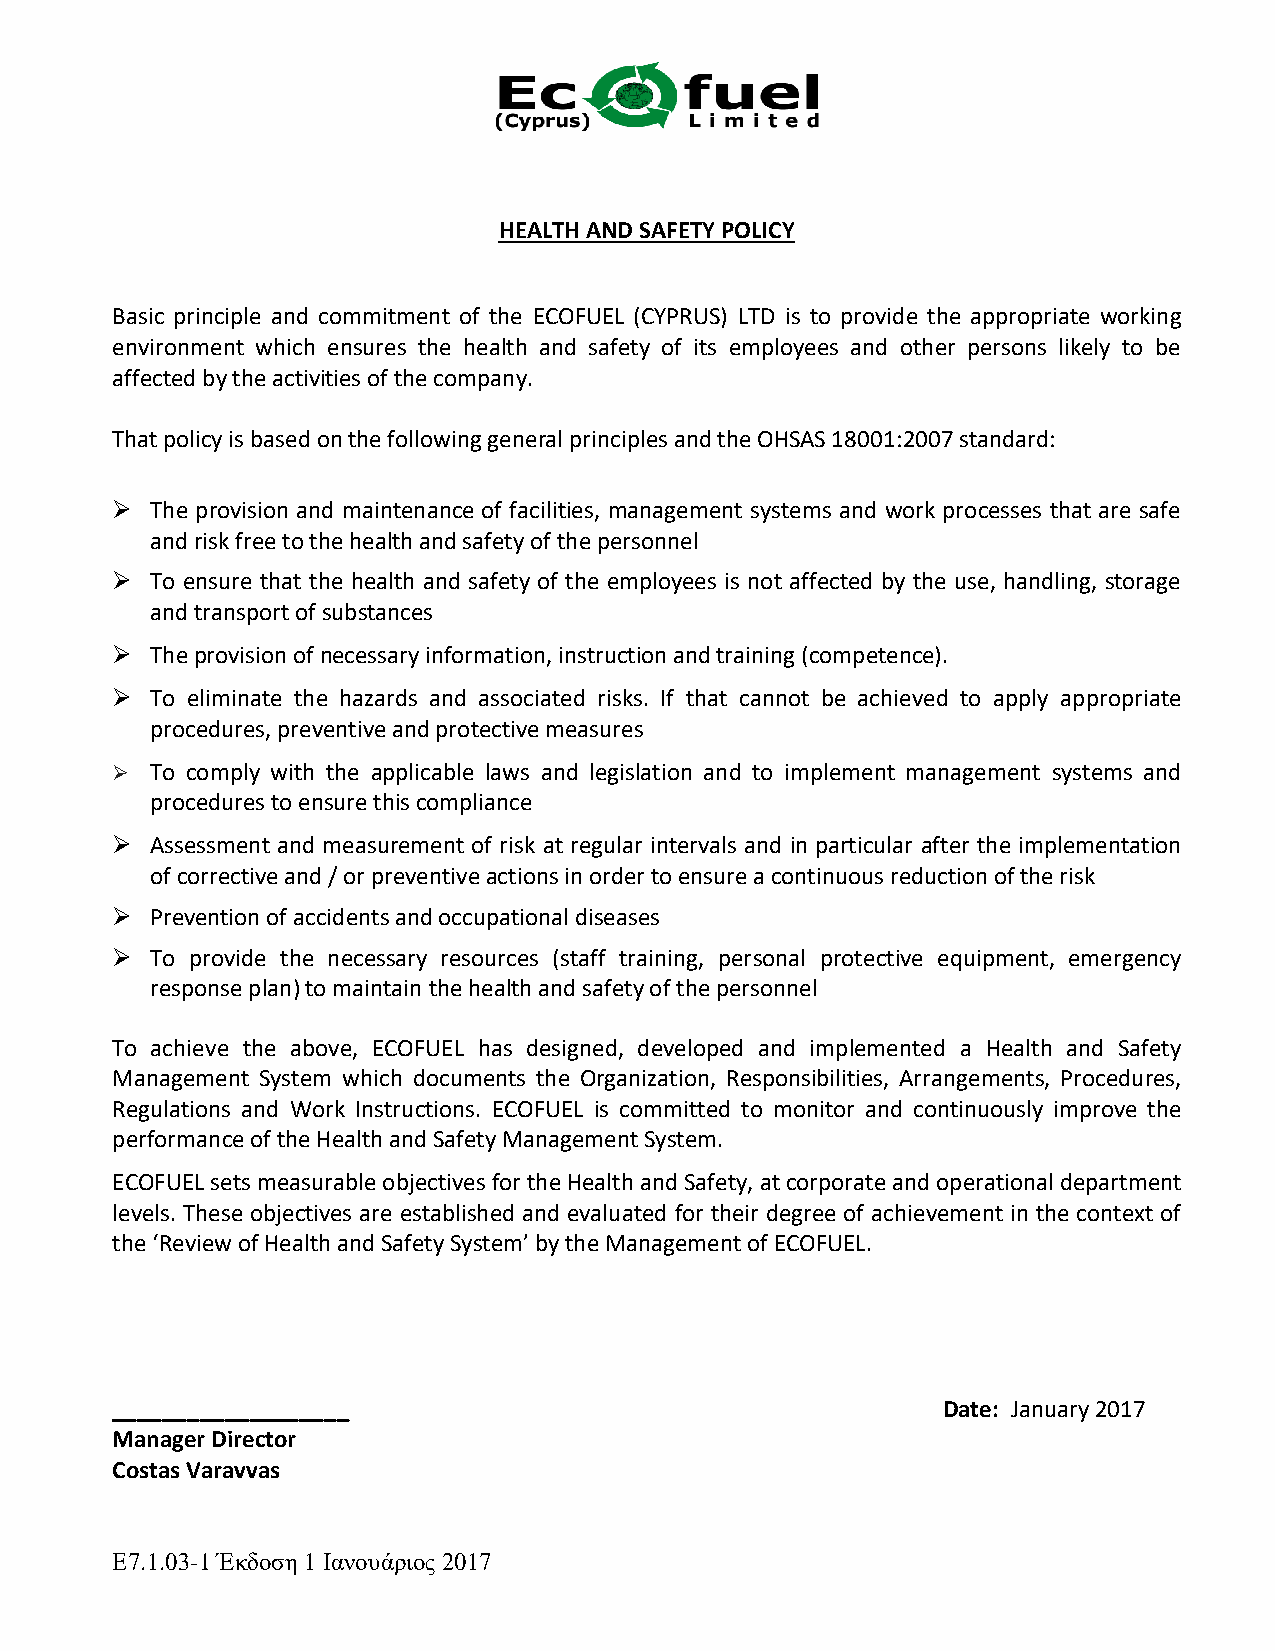
HEALTH AND SAFETY POLICY
 Basic principle and commitment of the ECOFUEL (CYPRUS) LTD is to provide the appropriate working
 environment which ensures the health and safety of its employees and other persons likely to be
 affected by the activities of the company.
 That policy is based on the following general principles and the OHSAS 18001:2007 standard:
   The provision and maintenance of facilities, management systems and work processes that are safe
 and risk free to the health and safety of the personnel
   To ensure that the health and safety of the employees is not affected by the use, handling, storage
 and transport of substances
   The provision of necessary information, instruction and training (competence).
   To eliminate the hazards and associated risks. If that cannot be achieved to apply appropriate
 procedures, preventive and protective measures
   To comply with the applicable laws and legislation and to implement management systems and
 procedures to ensure this compliance
   Assessment and measurement of risk at regular intervals and in particular after the implementation
 of corrective and / or preventive actions in order to ensure a continuous reduction of the risk
   Prevention of accidents and occupational diseases
   To provide the necessary resources (staff training, personal protective equipment, emergency
 response plan) to maintain the health and safety of the personnel
 To achieve the above, ECOFUEL has designed, developed and implemented a Health and Safety
 Management System which documents the Organization, Responsibilities, Arrangements, Procedures,
 Regulations and Work Instructions. ECOFUEL is committed to monitor and continuously improve the
 performance of the Health and Safety Management System.
 ECOFUEL sets measurable objectives for the Health and Safety, at corporate and operational department
 levels. These objectives are established and evaluated for their degree of achievement in the context of
 the ‘Review of Health and Safety System’ by the Management of ECOFUEL.
 ___________________                                    Date: January 2017
 Manager Director
 Costas Varavvas
 Ε7.1.03-1 Έκδοση 1 Ιανουάριος 2017